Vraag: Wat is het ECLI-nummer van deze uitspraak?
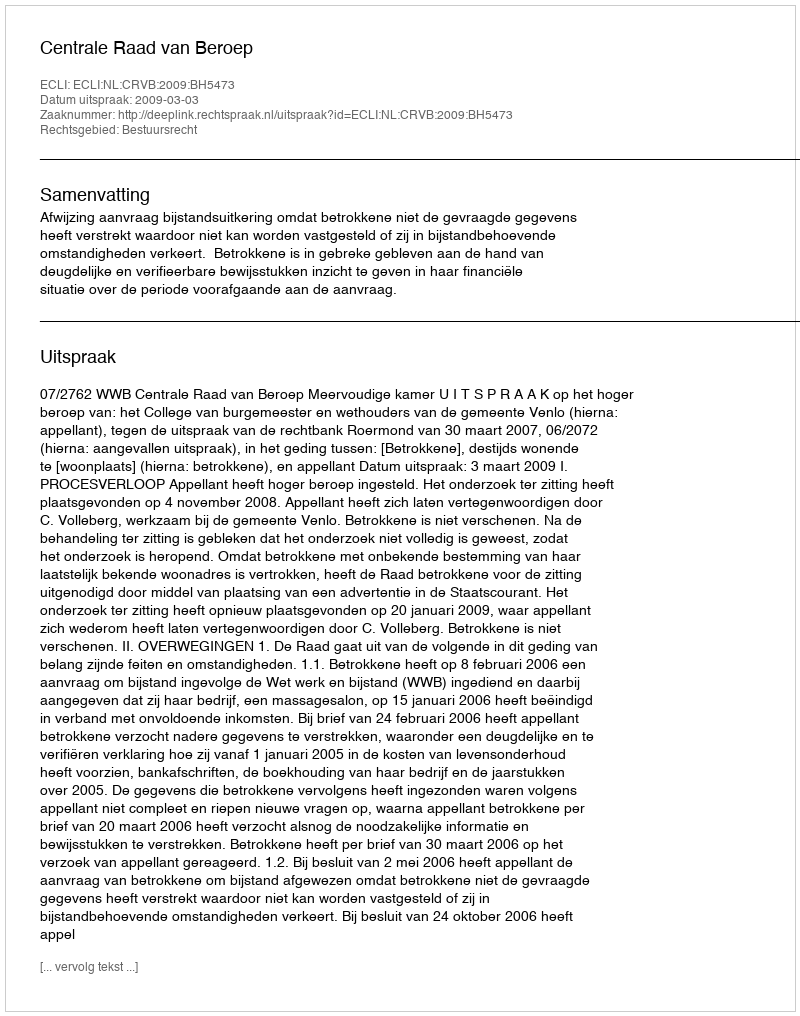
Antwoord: ECLI:NL:CRVB:2009:BH5473